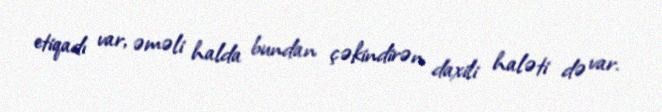
etiqadı var, əməli halda bundan çəkindirən daxili haləti də var.